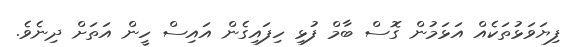
ފިޔަވަޅުތަކެއް އަޅަމުން ގޮސް ބާމް ފުޅި ހިފައިގެން އައިސް ހީން އަތަށް ދިނެވެ.